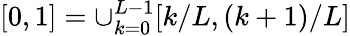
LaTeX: [0,1]=\cup_{k=0}^{L-1}[k/L,(k+1)/L]